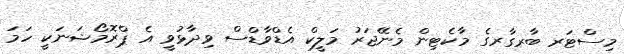
މިސްޓަރ ބާރގާރގެ މާކެޓިން މެނޭޖަރު މަލީކް އެޑްވާޑްސް ވިދާޅުވީ އެ ޕްރޮމޯޝަނަކީ ހަމަ